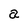
Character: a